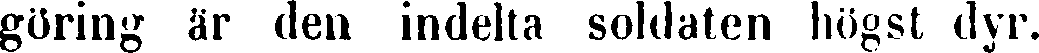
göring är den indelta soldaten högst dyr.